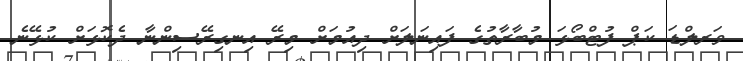
ވަރލްޑަ ކަޕް ފުޓްބޯޅަ މުބާރާތުގެ ފައިނަލަށް ދިއުމަށް މިރޭ އިނގިރޭސިންނާ ދެކޮޅަށް ކުޅޭނެ